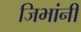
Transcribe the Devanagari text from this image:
जिभांनी